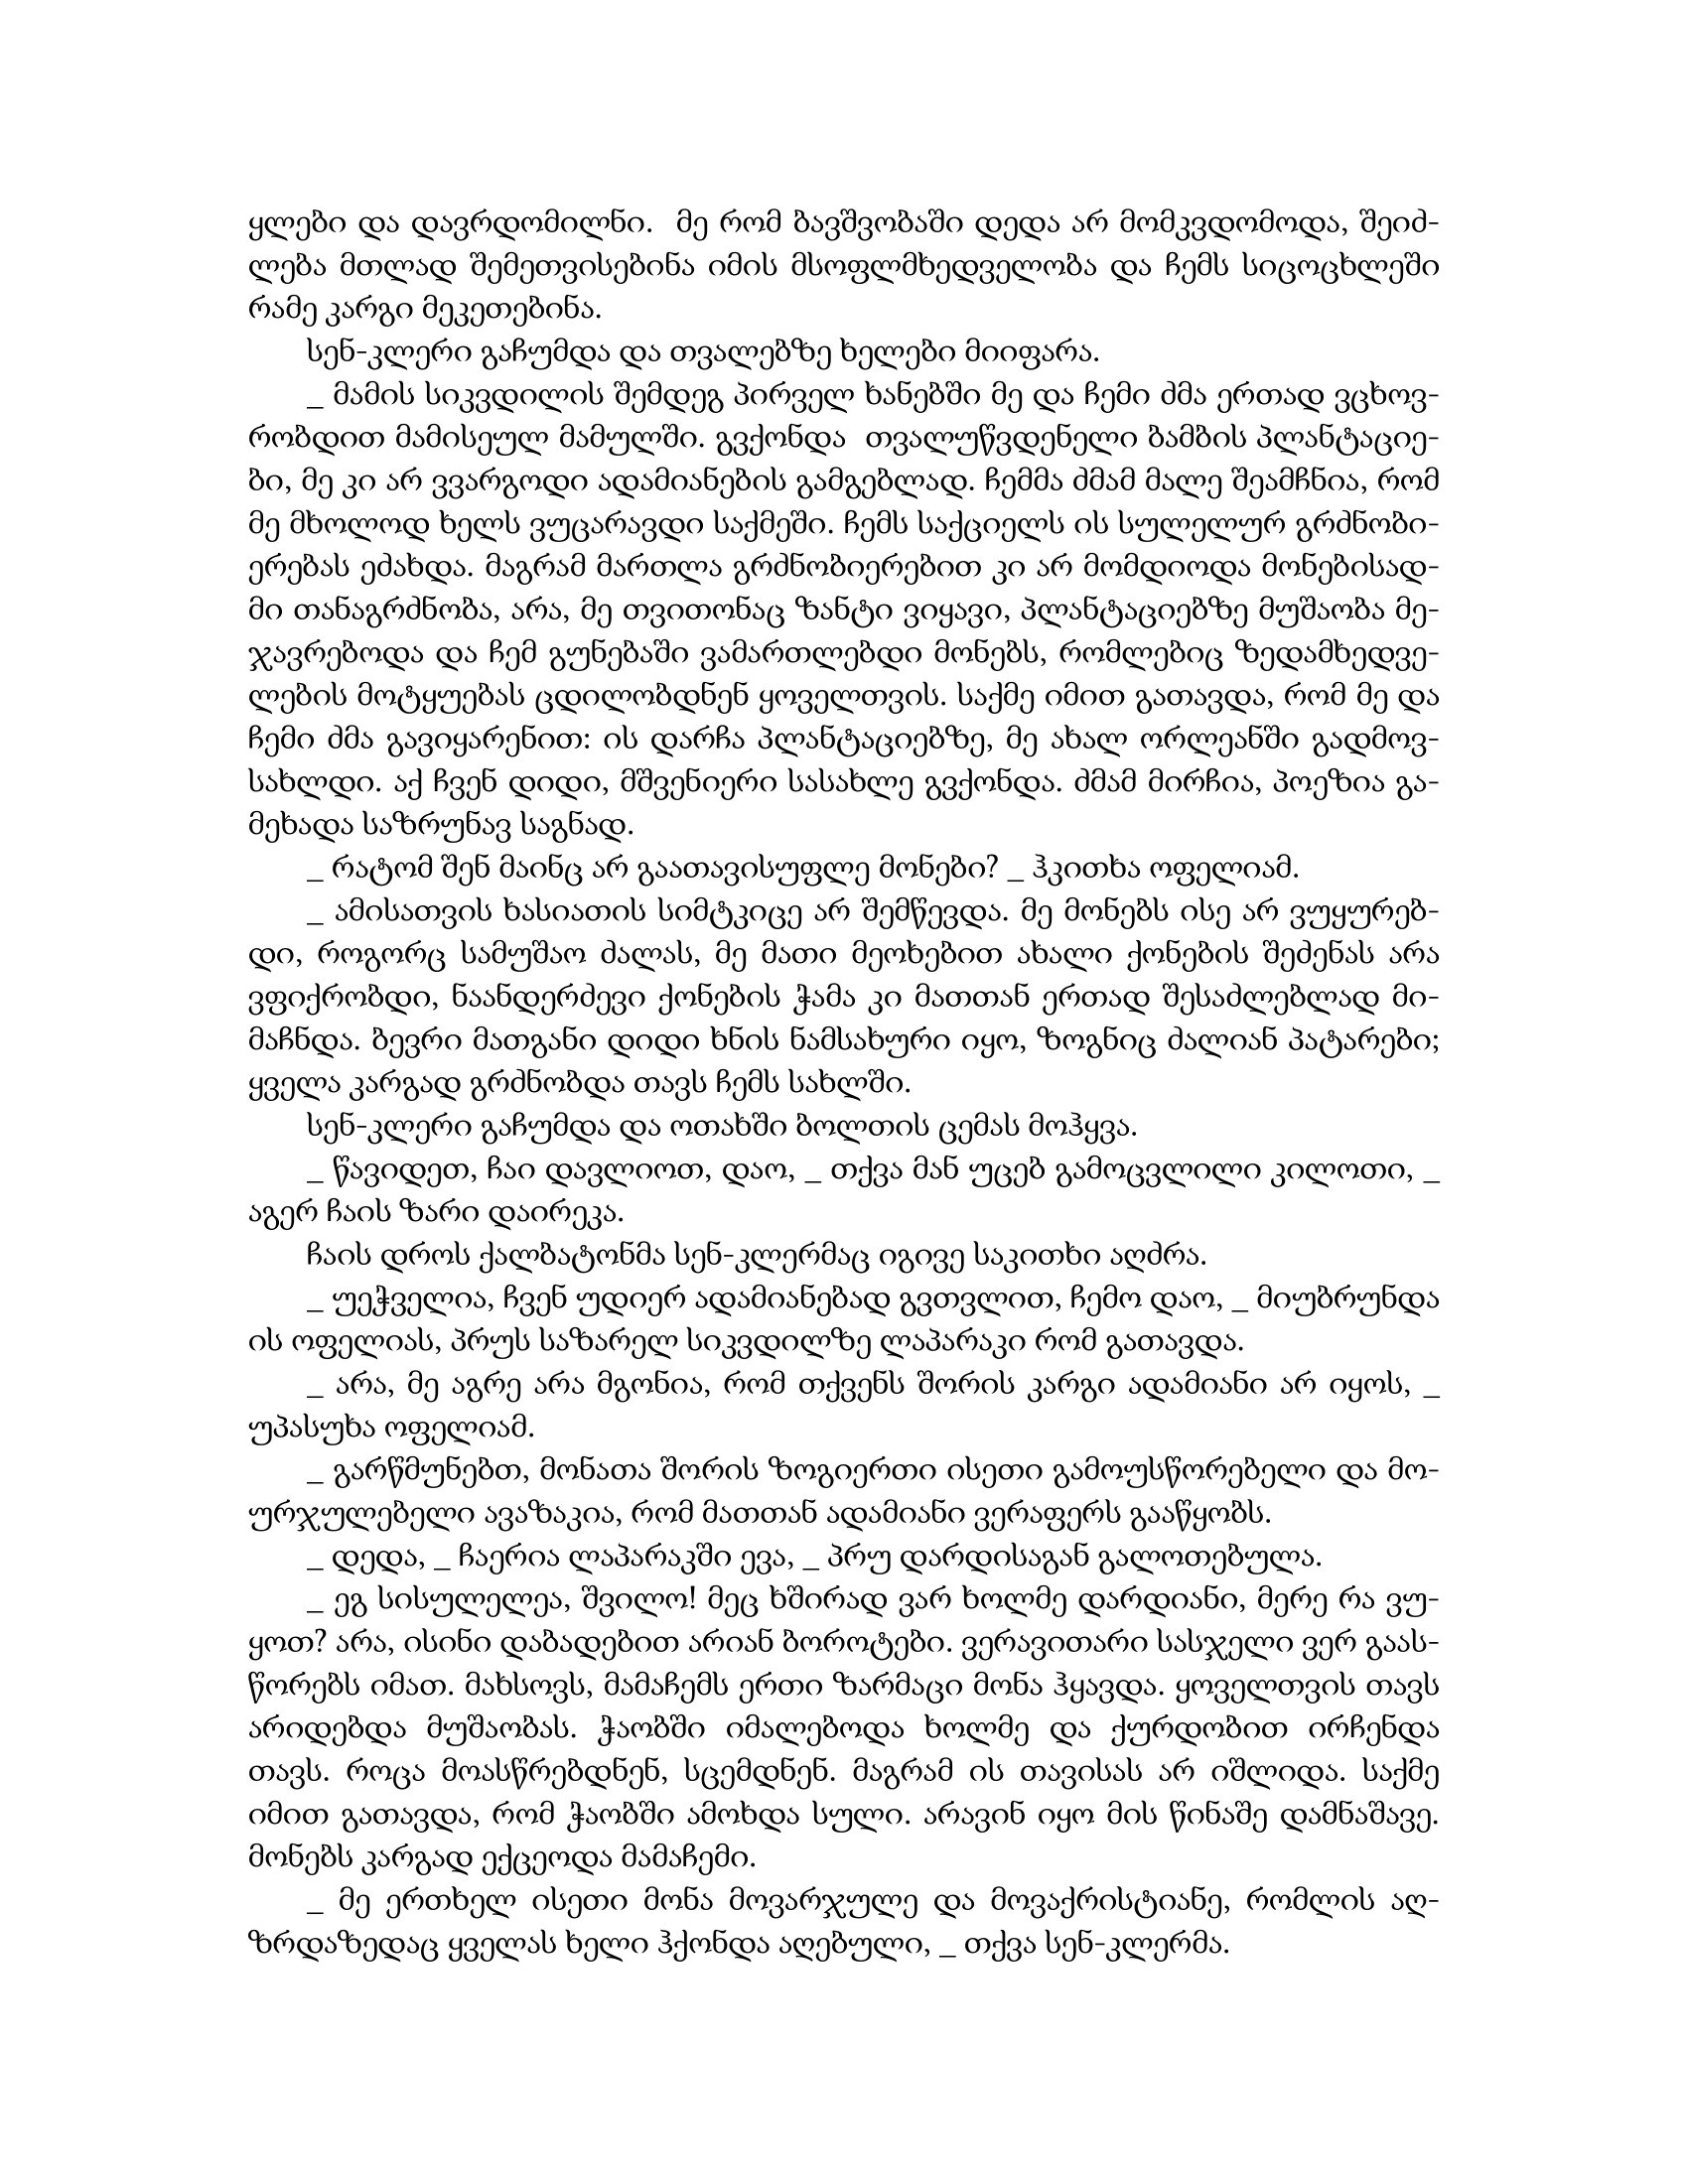
Language: gr